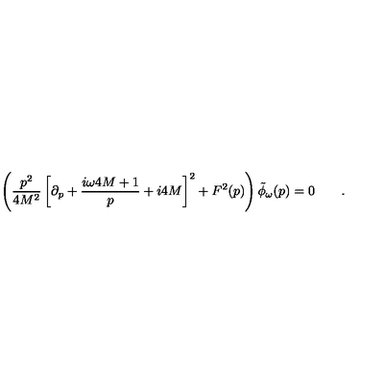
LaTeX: \left( { \frac { p ^ { 2 } } { 4 M ^ { 2 } } } \left[ \partial _ { p } + { \frac { i \omega 4 M + 1 } { p } } + i 4 M \right] ^ { 2 } + F ^ { 2 } ( p ) \right) \tilde { \phi } _ { \omega } ( p ) = 0 \qquad .